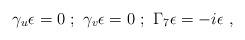
LaTeX: \begin{align*}\gamma_u \epsilon = 0 ~;~ \gamma_v \epsilon = 0 ~;~\Gamma_7 \epsilon = -i \epsilon~, \end{align*}